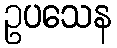
ဥပသေန